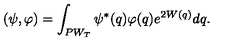
( \psi , \varphi ) = \int _ { P W _ { T } } \psi ^ { * } ( q ) \varphi ( q ) e ^ { 2 W ( q ) } d q .